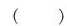
( )